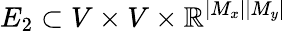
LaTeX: E_{2}\subset V\times V\times\mathbb{R}^{|M_{x}||M_{y}|}